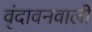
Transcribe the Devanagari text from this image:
वृंदावनवाली